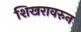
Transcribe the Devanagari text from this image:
शिखरावरुन